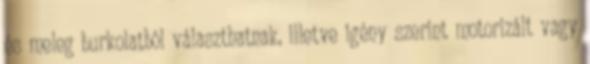
és meleg burkolatból választhatnak, illetve igény szerint motorizált vagy